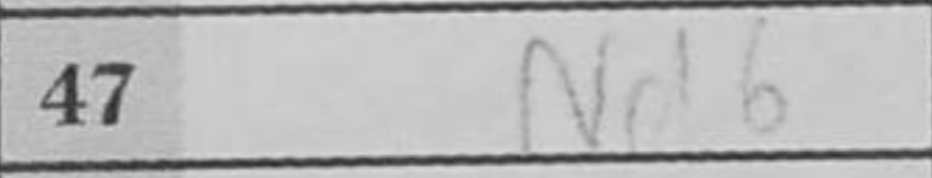
Transcription: Nd6